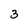
Character: 3